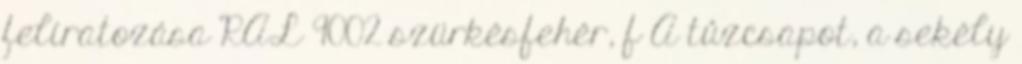
feliratozása RAL 9002 szürkésfehér, f A tûzcsapot, a sekély